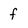
Character: f